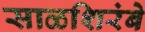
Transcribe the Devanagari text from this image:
साळशिरंबे